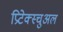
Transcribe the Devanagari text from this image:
प्रिटेक्स्चुअल